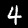
Digit: 4